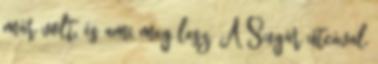
már volt, és ami meg lesz. A Sugár utcával